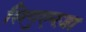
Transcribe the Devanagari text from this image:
सिगुएनज़ा